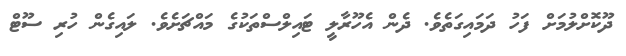
ދޫކޮށްލުމަށް ފަހު ދަމައިގަތެވެ. ދެން އެހޫރާލީ ޓައިލްސްތަކުގެ މައްޗަށެވެ. ލައިގެން ހުރި ސޫޓް